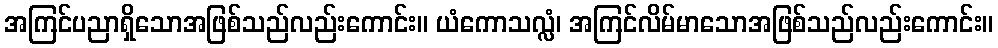
အကြင်ပညာရှိသောအဖြစ်သည်လည်းကောင်း။ ယံကောသလ္လံ၊ အကြင်လိမ်မာသောအဖြစ်သည်လည်းကောင်း။